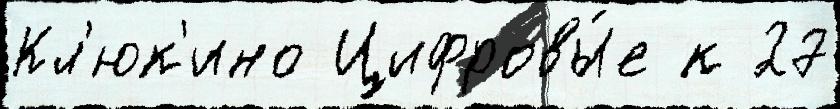
Кл'юк'ино Цифровы́е к 27